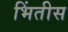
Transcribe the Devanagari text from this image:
भिंतीस